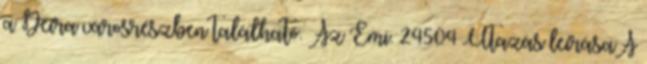
a Deira városrészben található. Az Emi. 24504 Utazás leírásaA